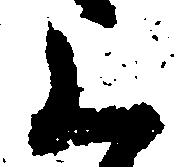
く